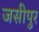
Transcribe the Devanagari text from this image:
जसीपुर